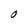
Character: 0